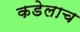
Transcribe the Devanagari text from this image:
कडेलाच